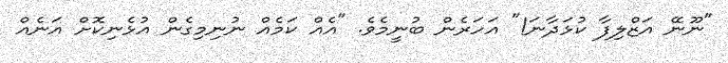
"ނޫނޭ އަޒްލިފާ ކުޅަދާނަ!" އަހަރެން ބުނީމެވެ. "އެއް ކަމެއް ނުނިމިގެން އުޅެނިކޮށް އަނެއް